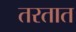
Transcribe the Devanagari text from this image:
तरतात